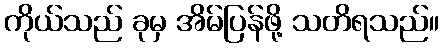
ကိုယ်သည် ခုမှ အိမ်ပြန်ဖို့ သတိရသည်။